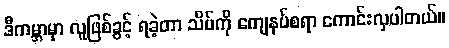
ဒီကမ္ဘာမှာ လူဖြစ်ခွင့် ရခဲ့တာ သိပ်ကို ကျေနပ်စရာ ကောင်းလှပါတယ်။